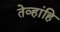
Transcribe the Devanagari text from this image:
तेव्हांहि